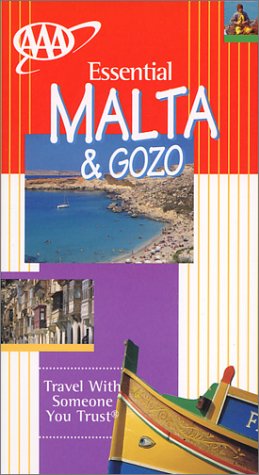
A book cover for Malta & Gozo (AAA Essential Guides); Pat Levy; Travel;